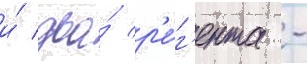
и́ два́ р'е́г'ента -